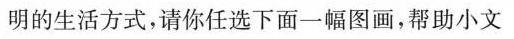
明的生活方式，请你任选下面一幅图画，帮助小文